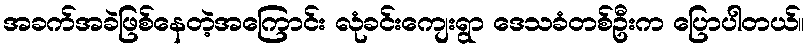
အခက်အခဲဖြစ်နေတဲ့အကြောင်း လုံခင်းကျေးရွာ ဒေသခံတစ်ဦးက ပြောပါတယ်။